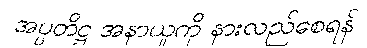
အပ္ပတိဋ္ဌ အနာယူကို နားလည်စေရန်